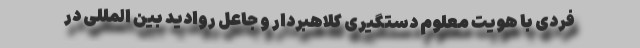
فردی با هویت معلوم دستگیری کلاهبردار و جاعل روادید بین المللی در